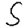
Digit: 5